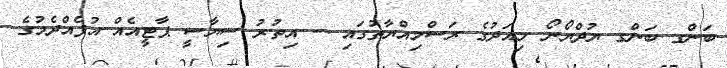
ބަންގ ބަންގ ޔުދްޔޯނޯ މިއަދުގެ ރަސްމިއްޔާތުގައި -- އިތުރު ސިޔާސީ ޕާޓީއެއް އުފެއްދެމުގެ